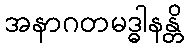
အနာဂတမဒ္ဓါနန္တိ